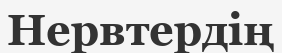
Нервтердің